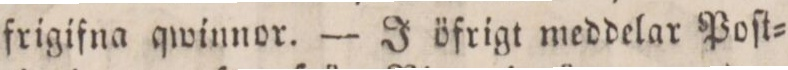
frigifna qwinnor. — J öfrigt meddelar Poſt=